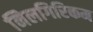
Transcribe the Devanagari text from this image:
निलगिरिकम